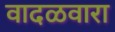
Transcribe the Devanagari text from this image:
वादळवारा